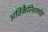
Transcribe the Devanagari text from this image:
अतिकैल्शियमेह